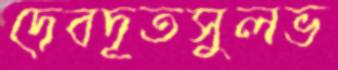
দেবদূতসুলভ